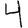
Digit: 4